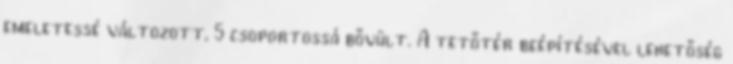
emeletessé változott, 5 csoportossá bővült. A tetőtér beépítésével lehetőség